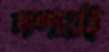
দশায়ই